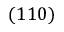
( 1 1 0 )